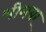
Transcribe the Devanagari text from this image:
भीमबर